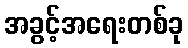
အခွင့်အရေးတစ်ခု